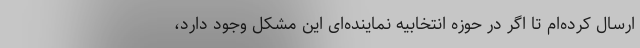
ارسال کرده‌ام تا اگر در حوزه انتخابیه نماینده‌ای این مشکل وجود دارد،